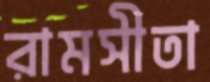
রামসীতা